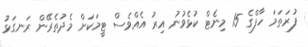
ފުރަތަމަ ހާފްގެ 15 މިނެޓް ކުޅެވުނު އިރު އެއްވެސް ޓީމަކަށް މެދުތެރޭން ރަނގަޅު